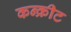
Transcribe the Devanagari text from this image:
कन्क्रीट